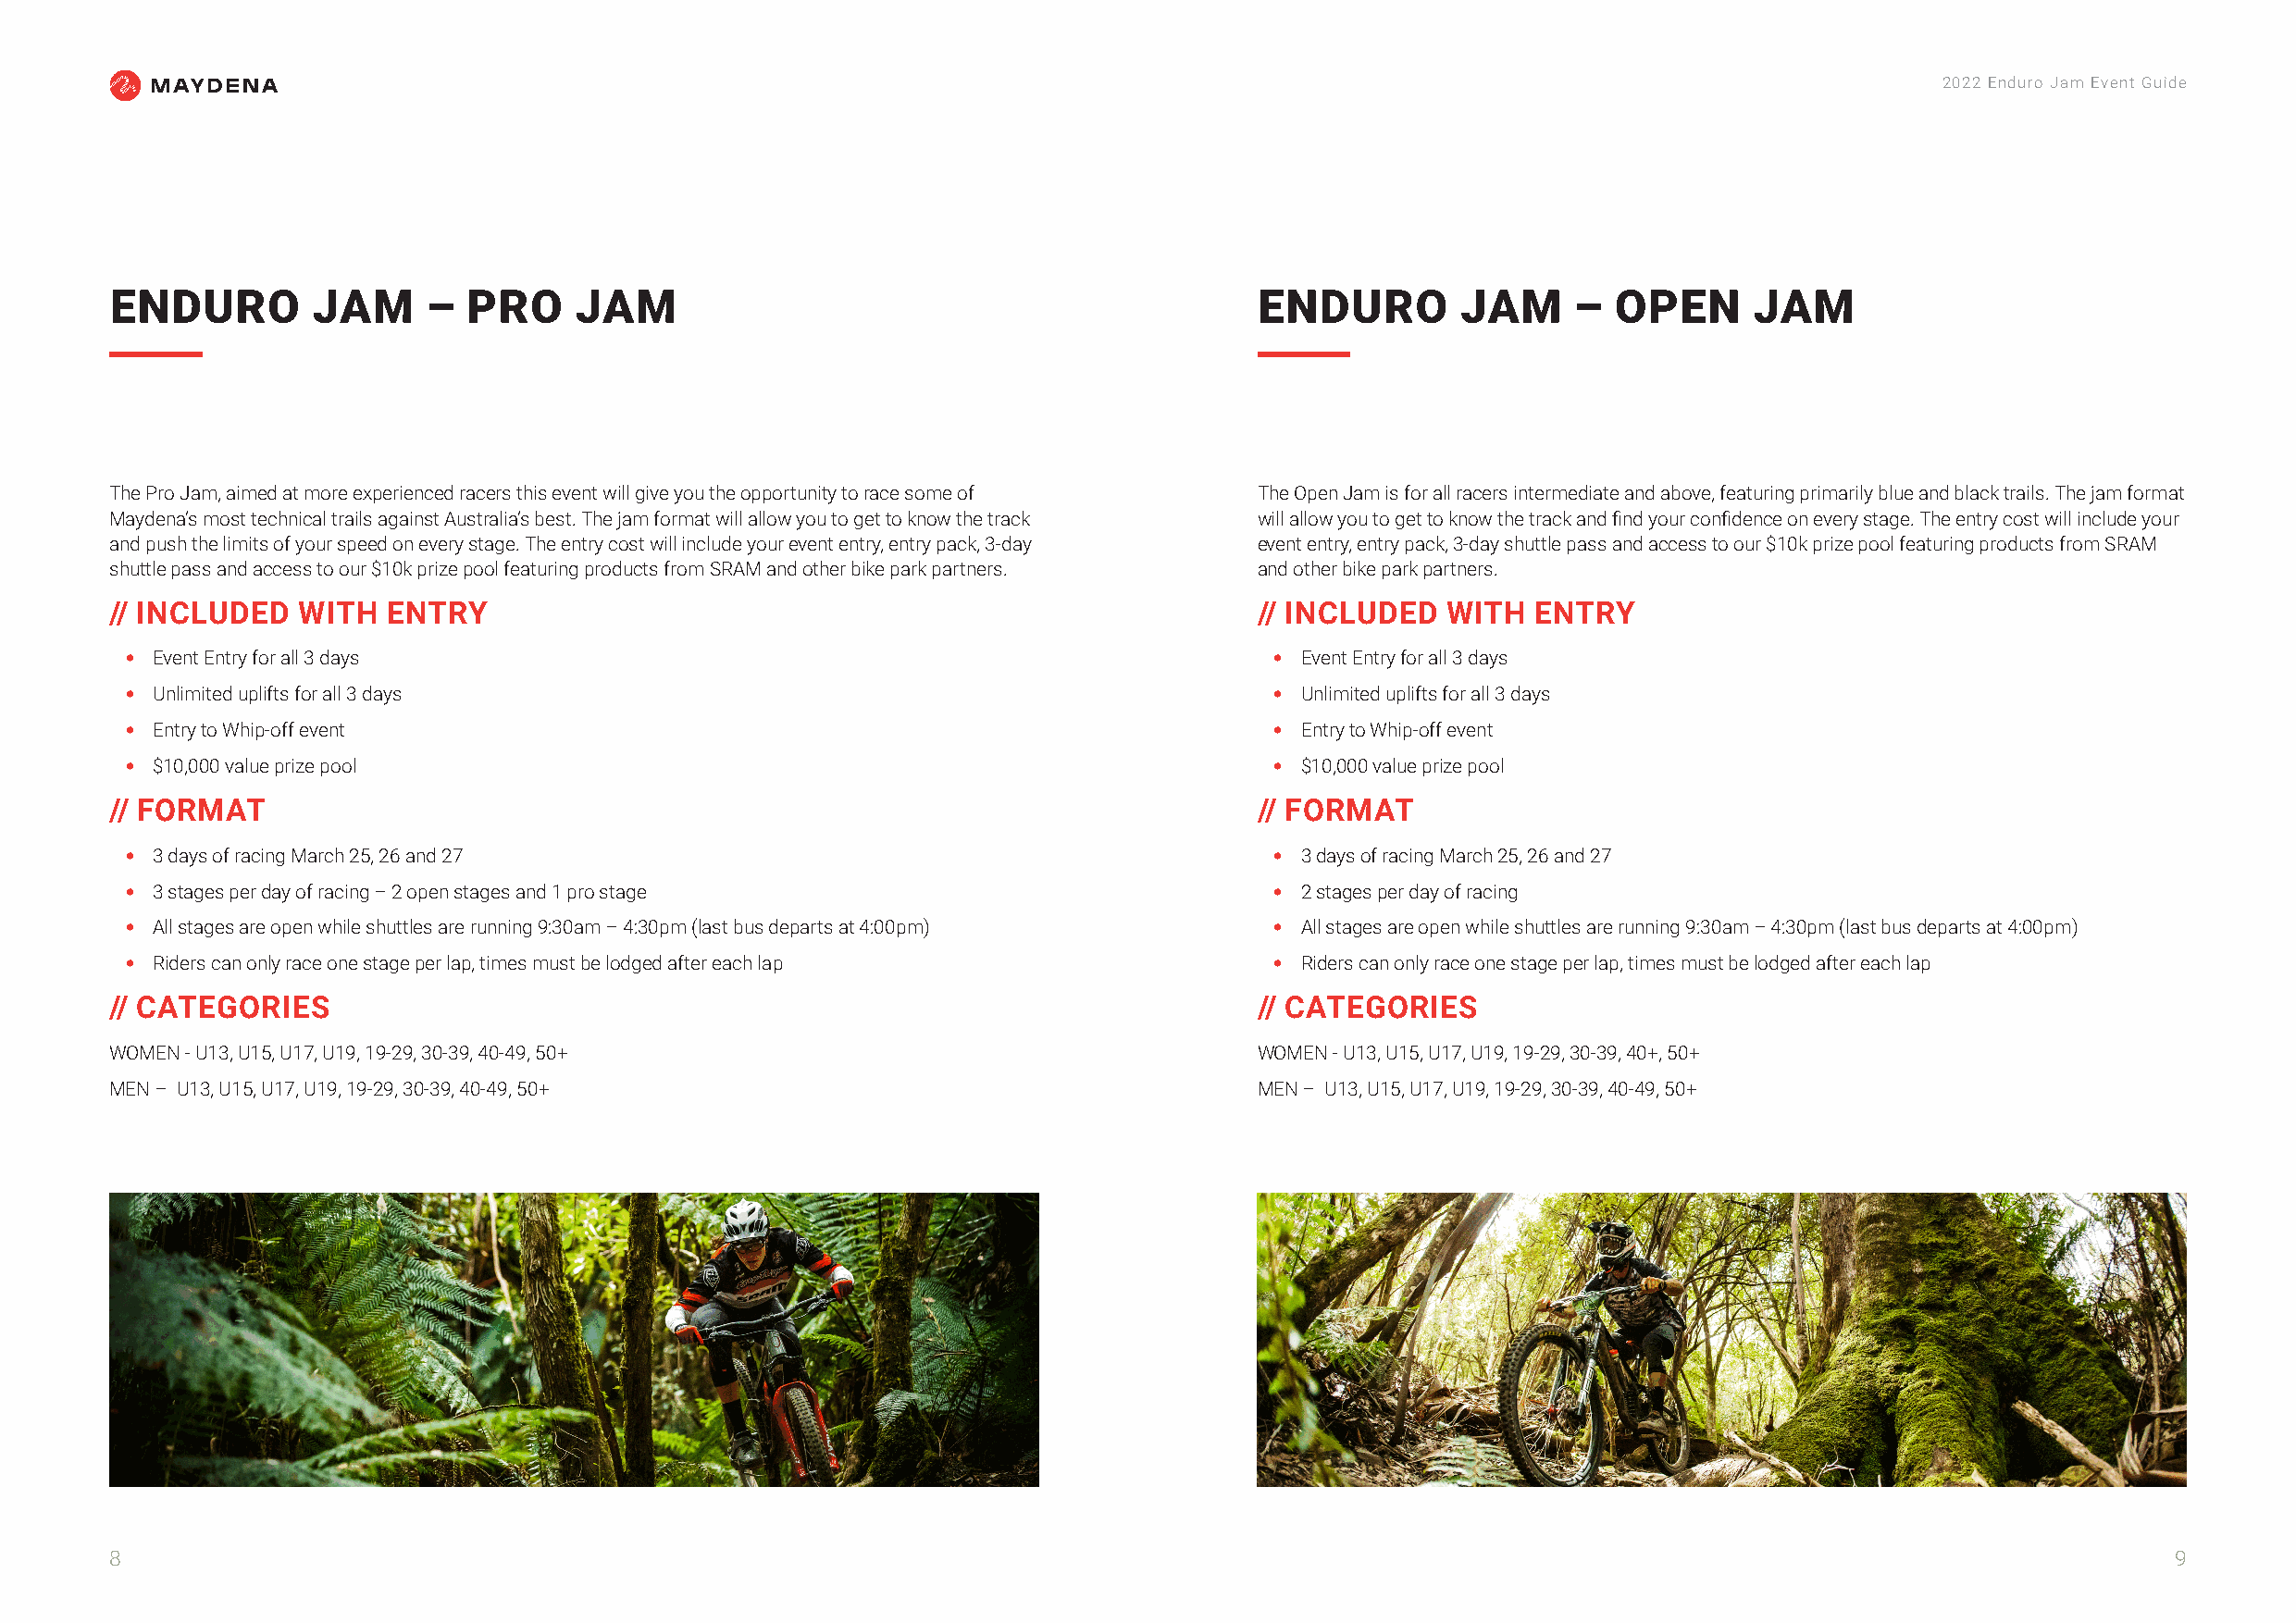
2022 Enduro Jam Event Guide
 ENDURO        JAM     –  PRO     JAM                                              ENDURO        JAM      – OPEN      JAM
 The Pro Jam, aimed at more experienced racers this event will give you the opportunity to race some of The Open Jam is for all racers intermediate and above, featuring primarily blue and black trails. The jam format
 Maydena’s most technical trails against Australia’s best. The jam format will allow you to get to know the track will allow you to get to know the track and find your confidence on every stage. The entry cost will include your
 and push the limits of your speed on every stage. The entry cost will include your event entry, entry pack, 3-day event entry, entry pack, 3-day shuttle pass and access to our $10k prize pool featuring products from SRAM
 shuttle pass and access to our $10k prize pool featuring products from SRAM and other bike park partners. and other bike park partners.
 // INCLUDED  WITH   ENTRY                                                         // INCLUDED  WITH   ENTRY
 • Event Entry for all 3 days                                                      • Event Entry for all 3 days
 • Unlimited uplifts for all 3 days                                                • Unlimited uplifts for all 3 days
 • Entry to Whip-off event                                                         • Entry to Whip-off event
 • $10,000 value prize pool                                                        • $10,000 value prize pool
 // FORMAT                                                                         // FORMAT
 • 3 days of racing March 25, 26 and 27                                            • 3 days of racing March 25, 26 and 27
 • 3 stages per day of racing – 2 open stages and 1 pro stage                      • 2 stages per day of racing
 • All stages are open while shuttles are running 9:30am – 4:30pm (last bus departs at 4:00pm) • All stages are open while shuttles are running 9:30am – 4:30pm (last bus departs at 4:00pm)
 • Riders can only race one stage per lap, times must be lodged after each lap     • Riders can only race one stage per lap, times must be lodged after each lap
 // CATEGORIES                                                                     // CATEGORIES
 WOMEN - U13, U15, U17, U19, 19-29, 30-39, 40-49, 50+                              WOMEN - U13, U15, U17, U19, 19-29, 30-39, 40+, 50+
 MEN – U13, U15, U17, U19, 19-29, 30-39, 40-49, 50+                                MEN – U13, U15, U17, U19, 19-29, 30-39, 40-49, 50+
 8                                                                                                                                                   9